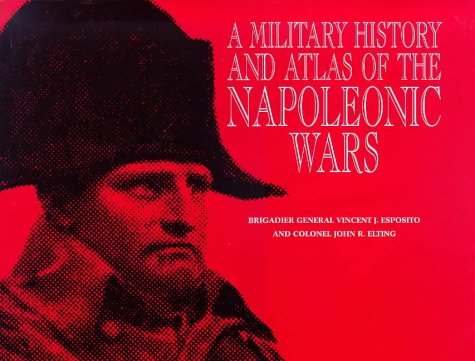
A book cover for A Military History and Atlas of the Napoleonic Wars; Vincent J. Esposito; History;